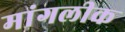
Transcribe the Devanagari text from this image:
मांगलीक